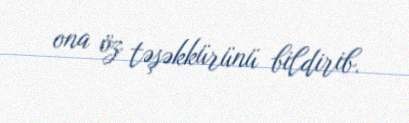
ona öz təşəkkürünü bildirib.